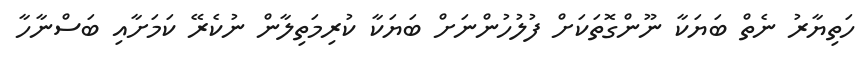
ހަތިޔާރު ނެތް ބަޔަކާ ނޫންގޮތަކަށް ފުލުހުންނަށް ބަޔަކާ ކުރިމަތިލާން ނުކެރޭ ކަމަށާއި ބަސްނާހާ